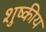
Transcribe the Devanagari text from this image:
शुष्कीय